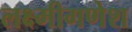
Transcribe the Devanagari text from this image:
लक्ष्मीगणेश